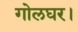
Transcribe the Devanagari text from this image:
गोलघर।